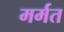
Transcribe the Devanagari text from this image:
मर्मत